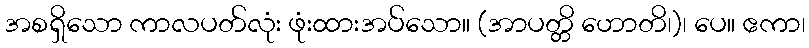
အစရှိသော ကာလပတ်လုံး ဖုံးထားအပ်သော။ (အာပတ္တိ ဟောတိ၊)၊ ပေ။ ဧကာ၊